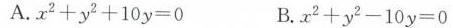
A.$$x ^ { 2 } + y ^ { 2 } + 1 0 y = 0$$ B.$$x ^ { 2 } + y ^ { 2 } - 1 0 y = 0$$